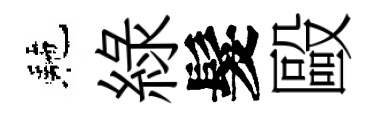
駰綠髮毆